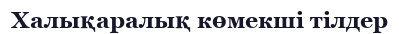
Халықаралық көмекші тілдер